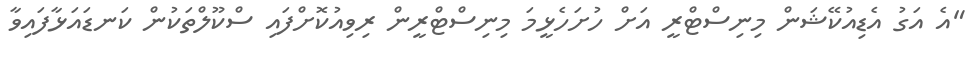
"އެ އަގު އެޑިއުކޭޝަން މިނިސްޓްރީ އަށް ހުށަހެޅީމަ މިނިސްޓްރީން ރިވިއުކޮށްފައި ސްކޫލްތަކުން ކަނޑައަޅާފައިވާ